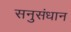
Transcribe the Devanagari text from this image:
सनुसंधान